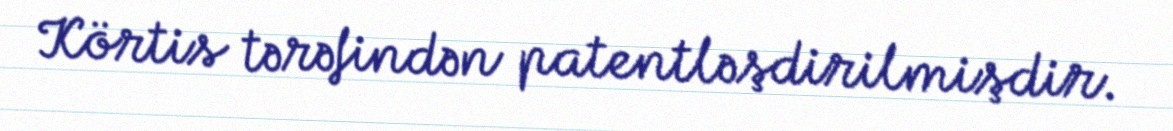
Körtis tərəfindən patentləşdirilmişdir.